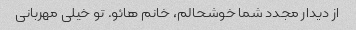
از دیدار مجدد شما خوشحالم، خانم هائو. تو خیلی مهربانی